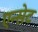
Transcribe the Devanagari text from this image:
एन्सेट